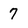
Character: 7